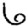
Digit: 6